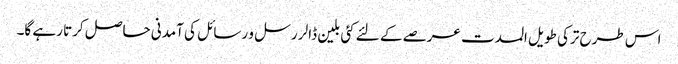
اس طرح ترکی طویل المدت عرصے کے لئے کئی بلین ڈالر رسل و رسائل کی آمدنی حاصل کرتا رہے گا۔